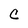
Character: C